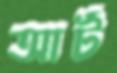
আর্ট